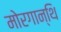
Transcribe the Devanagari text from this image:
मोरगान्थि